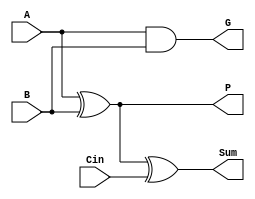
module pfa(A, B, Cin, Sum, P, G);

input A, B, Cin;
output Sum, P, G;

assign G=A & B;
assign P=A ^ B;
assign Sum=A ^ B ^ Cin;



endmodule